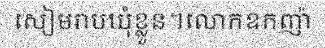
សៀមរាបឃុំខ្លួន។លោកឧកញ៉ា